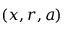
\left( x , r , a \right)